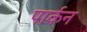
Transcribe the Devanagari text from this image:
पार्कन